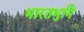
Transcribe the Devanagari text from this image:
भारतभुमि